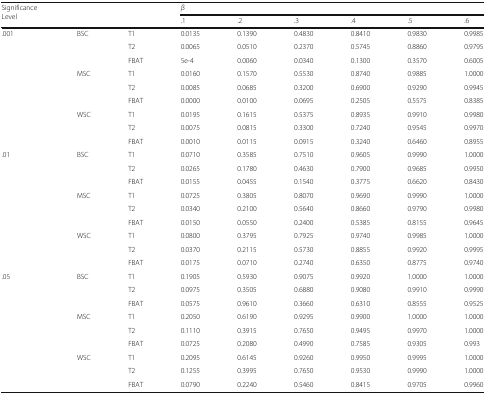
<table><thead><tr><td rowspan="2"><b>Significance Level</b></td><td rowspan="2"></td><td rowspan="2"></td><td colspan="6"><b><i>β</i></b></td></tr><tr><td><b>.1</b></td><td><b>.2</b></td><td><b>.3</b></td><td><b>.4</b></td><td><b>.5</b></td><td><b>.6</b></td></tr></thead><tbody><tr><td rowspan="9">.001</td><td rowspan="3">BSC</td><td>T1</td><td>0.0135</td><td>0.1390</td><td>0.4830</td><td>0.8410</td><td>0.9830</td><td>0.9985</td></tr><tr><td>T2</td><td>0.0065</td><td>0.0510</td><td>0.2370</td><td>0.5745</td><td>0.8860</td><td>0.9795</td></tr><tr><td>FBAT</td><td>5e-4</td><td>0.0060</td><td>0.0340</td><td>0.1300</td><td>0.3570</td><td>0.6005</td></tr><tr><td rowspan="3">MSC</td><td>T1</td><td>0.0160</td><td>0.1570</td><td>0.5530</td><td>0.8740</td><td>0.9885</td><td>1.0000</td></tr><tr><td>T2</td><td>0.0085</td><td>0.0685</td><td>0.3200</td><td>0.6900</td><td>0.9290</td><td>0.9945</td></tr><tr><td>FBAT</td><td>0.0000</td><td>0.0100</td><td>0.0695</td><td>0.2505</td><td>0.5575</td><td>0.8385</td></tr><tr><td rowspan="3">WSC</td><td>T1</td><td>0.0195</td><td>0.1615</td><td>0.5375</td><td>0.8935</td><td>0.9910</td><td>0.9980</td></tr><tr><td>T2</td><td>0.0075</td><td>0.0815</td><td>0.3300</td><td>0.7240</td><td>0.9545</td><td>0.9970</td></tr><tr><td>FBAT</td><td>0.0010</td><td>0.0115</td><td>0.0915</td><td>0.3240</td><td>0.6460</td><td>0.8955</td></tr><tr><td rowspan="9">.01</td><td rowspan="3">BSC</td><td>T1</td><td>0.0710</td><td>0.3585</td><td>0.7510</td><td>0.9605</td><td>0.9990</td><td>1.0000</td></tr><tr><td>T2</td><td>0.0265</td><td>0.1780</td><td>0.4630</td><td>0.7900</td><td>0.9685</td><td>0.9950</td></tr><tr><td>FBAT</td><td>0.0155</td><td>0.0455</td><td>0.1540</td><td>0.3775</td><td>0.6620</td><td>0.8430</td></tr><tr><td rowspan="3">MSC</td><td>T1</td><td>0.0725</td><td>0.3805</td><td>0.8070</td><td>0.9690</td><td>0.9990</td><td>1.0000</td></tr><tr><td>T2</td><td>0.0340</td><td>0.2100</td><td>0.5640</td><td>0.8660</td><td>0.9790</td><td>0.9980</td></tr><tr><td>FBAT</td><td>0.0150</td><td>0.0550</td><td>0.2400</td><td>0.5385</td><td>0.8155</td><td>0.9645</td></tr><tr><td rowspan="3">WSC</td><td>T1</td><td>0.0800</td><td>0.3795</td><td>0.7925</td><td>0.9740</td><td>0.9985</td><td>1.0000</td></tr><tr><td>T2</td><td>0.0370</td><td>0.2115</td><td>0.5730</td><td>0.8855</td><td>0.9920</td><td>0.9995</td></tr><tr><td>FBAT</td><td>0.0175</td><td>0.0710</td><td>0.2740</td><td>0.6350</td><td>0.8775</td><td>0.9740</td></tr><tr><td rowspan="9">.05</td><td rowspan="3">BSC</td><td>T1</td><td>0.1905</td><td>0.5930</td><td>0.9075</td><td>0.9920</td><td>1.0000</td><td>1.0000</td></tr><tr><td>T2</td><td>0.0975</td><td>0.3505</td><td>0.6880</td><td>0.9080</td><td>0.9910</td><td>0.9990</td></tr><tr><td>FBAT</td><td>0.0575</td><td>0.9610</td><td>0.3660</td><td>0.6310</td><td>0.8555</td><td>0.9525</td></tr><tr><td rowspan="3">MSC</td><td>T1</td><td>0.2050</td><td>0.6190</td><td>0.9295</td><td>0.9900</td><td>1.0000</td><td>1.0000</td></tr><tr><td>T2</td><td>0.1110</td><td>0.3915</td><td>0.7650</td><td>0.9495</td><td>0.9970</td><td>1.0000</td></tr><tr><td>FBAT</td><td>0.0725</td><td>0.2080</td><td>0.4990</td><td>0.7585</td><td>0.9305</td><td>0.993</td></tr><tr><td rowspan="3">WSC</td><td>T1</td><td>0.2095</td><td>0.6145</td><td>0.9260</td><td>0.9950</td><td>0.9995</td><td>1.0000</td></tr><tr><td>T2</td><td>0.1255</td><td>0.3995</td><td>0.7650</td><td>0.9530</td><td>0.9990</td><td>1.0000</td></tr><tr><td>FBAT</td><td>0.0790</td><td>0.2240</td><td>0.5460</td><td>0.8415</td><td>0.9705</td><td>0.9960</td></tr></tbody></table>